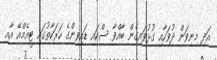
އަދި މިނިވަން ދުވަހާއި ގުޅުވައިގެން ބާއްވާ ސްކައި ޑައިވިންގެ ހަރަކާތުގައި ޓީއެމްއޭ އާއި